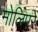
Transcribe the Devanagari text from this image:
मोलिएरे